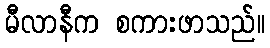
မီလာနီက စကားဖာသည်။